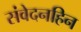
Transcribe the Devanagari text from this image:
संवेदनहिन